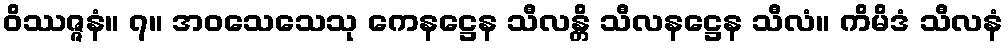
ဝိဿဇ္ဇနံ။ ၇။ အဝသေသေသု ကေနဋ္ဌေန သီလန္တိ သီလနဋ္ဌေန သီလံ။ ကိမိဒံ သီလနံ